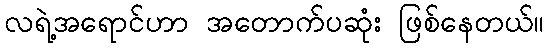
လရဲ့အရောင်ဟာ အတောက်ပဆုံး ဖြစ်နေတယ်။